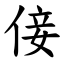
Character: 倿